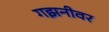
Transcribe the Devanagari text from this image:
गझनीवर